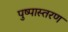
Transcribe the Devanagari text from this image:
पुष्पास्तरण